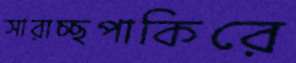
সারাচ্ছপাকিরে